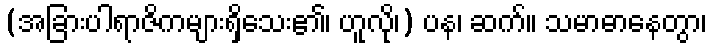
(အခြားပါရာဇိကများရှိသေး၏၊ ဟူလို၊) ပန၊ ဆက်။ သမာဓာနေတွာ၊